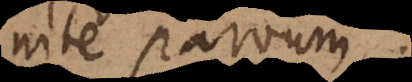
infinite parvum.